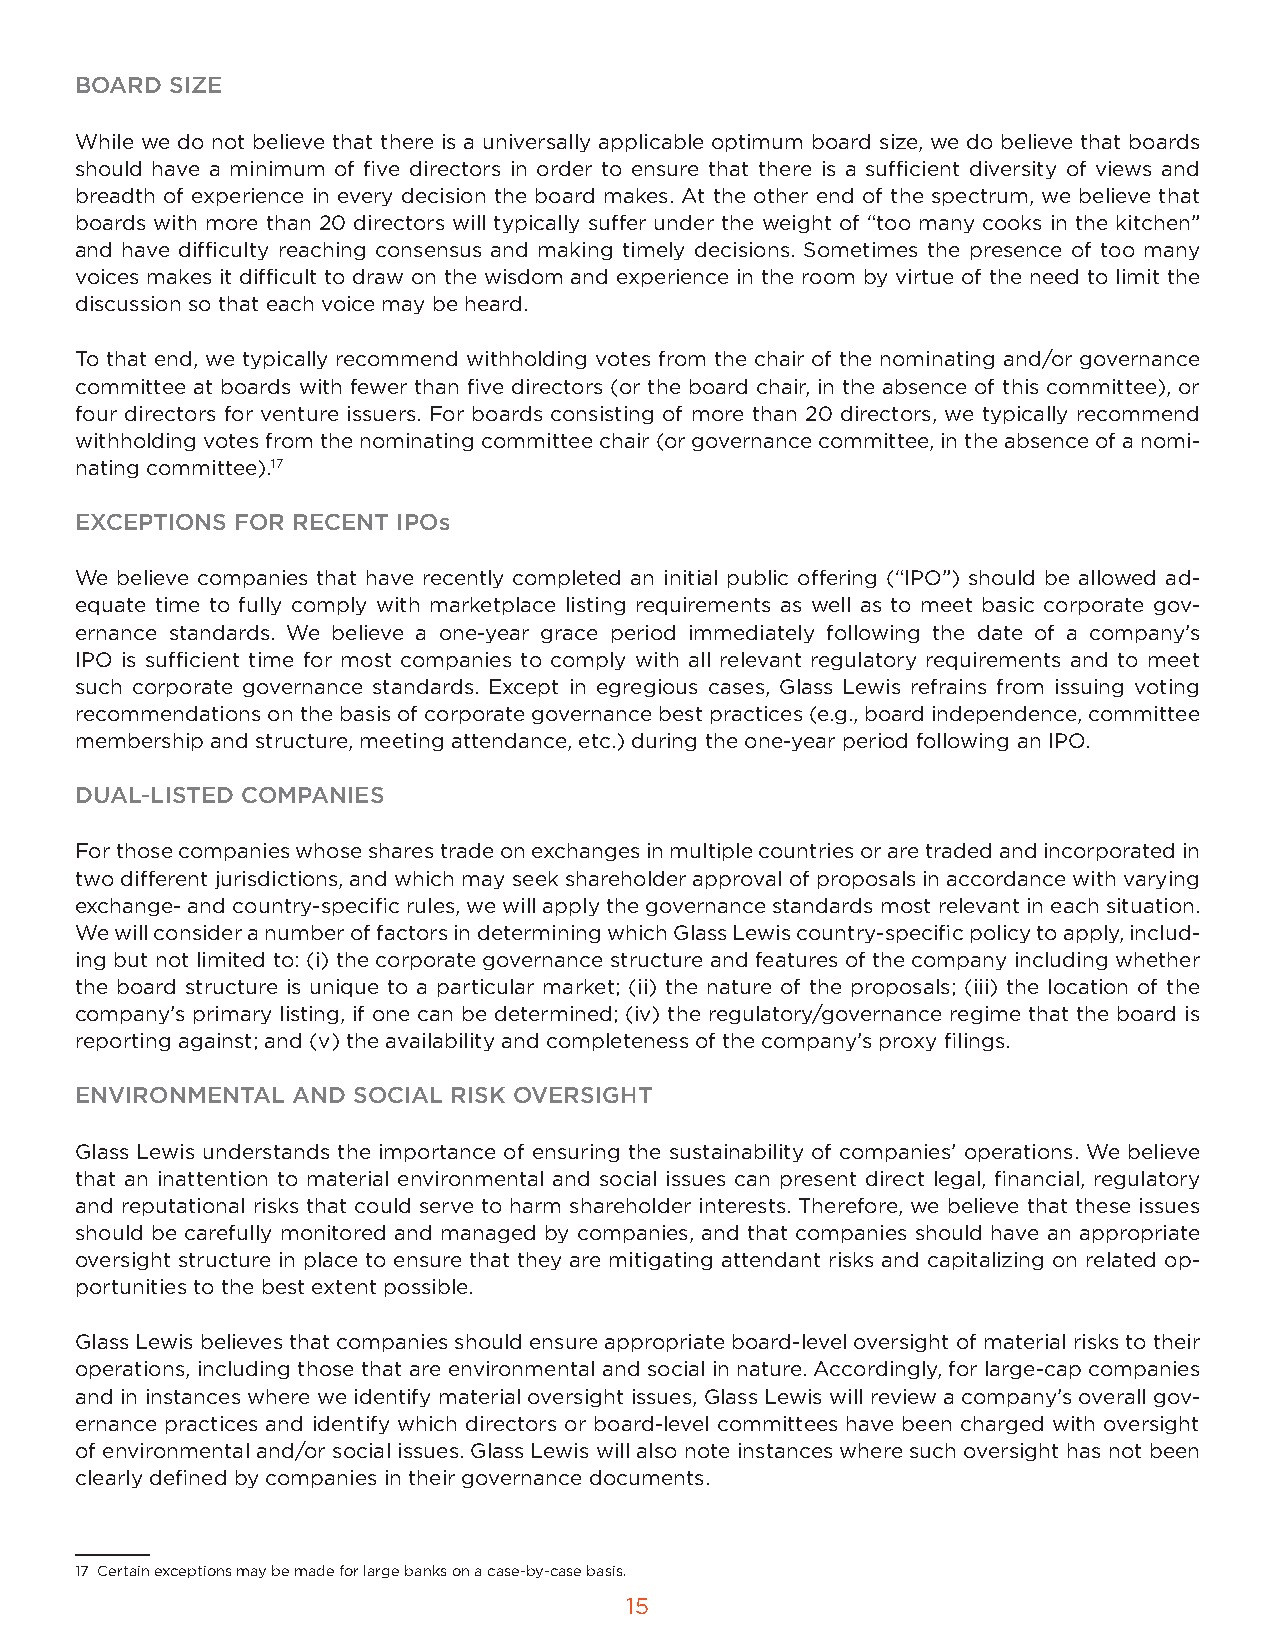
BOARD SIZE
 While we do not believe that there is a universally applicable optimum board size, we do believe that boards
 should have a minimum of five directors in order to ensure that there is a sufficient diversity of views and
 breadth of experience in every decision the board makes. At the other end of the spectrum, we believe that
 boards with more than 20 directors will typically suffer under the weight of “too many cooks in the kitchen”
 and have difficulty reaching consensus and making timely decisions. Sometimes the presence of too many
 voices makes it difficult to draw on the wisdom and experience in the room by virtue of the need to limit the
 discussion so that each voice may be heard.
 To that end, we typically recommend withholding votes from the chair of the nominating and/or governance
 committee at boards with fewer than five directors (or the board chair, in the absence of this committee), or
 four directors for venture issuers. For boards consisting of more than 20 directors, we typically recommend
 withholding votes from the nominating committee chair (or governance committee, in the absence of a nomi-
 nating committee).17
 EXCEPTIONS FOR RECENT IPOs
 We believe companies that have recently completed an initial public offering (“IPO”) should be allowed ad-
 equate time to fully comply with marketplace listing requirements as well as to meet basic corporate gov-
 ernance standards. We believe a one-year grace period immediately following the date of a company’s
 IPO is sufficient time for most companies to comply with all relevant regulatory requirements and to meet
 such corporate governance standards. Except in egregious cases, Glass Lewis refrains from issuing voting
 recommendations on the basis of corporate governance best practices (e.g., board independence, committee
 membership and structure, meeting attendance, etc.) during the one-year period following an IPO.
 DUAL-LISTED COMPANIES
 For those companies whose shares trade on exchanges in multiple countries or are traded and incorporated in
 two different jurisdictions, and which may seek shareholder approval of proposals in accordance with varying
 exchange- and country-specific rules, we will apply the governance standards most relevant in each situation.
 We will consider a number of factors in determining which Glass Lewis country-specific policy to apply, includ-
 ing but not limited to: (i) the corporate governance structure and features of the company including whether
 the board structure is unique to a particular market; (ii) the nature of the proposals; (iii) the location of the
 company’s primary listing, if one can be determined; (iv) the regulatory/governance regime that the board is
 reporting against; and (v) the availability and completeness of the company’s proxy filings.
 ENVIRONMENTAL AND SOCIAL RISK OVERSIGHT
 Glass Lewis understands the importance of ensuring the sustainability of companies’ operations. We believe
 that an inattention to material environmental and social issues can present direct legal, financial, regulatory
 and reputational risks that could serve to harm shareholder interests. Therefore, we believe that these issues
 should be carefully monitored and managed by companies, and that companies should have an appropriate
 oversight structure in place to ensure that they are mitigating attendant risks and capitalizing on related op-
 portunities to the best extent possible.
 Glass Lewis believes that companies should ensure appropriate board-level oversight of material risks to their
 operations, including those that are environmental and social in nature. Accordingly, for large-cap companies
 and in instances where we identify material oversight issues, Glass Lewis will review a company’s overall gov-
 ernance practices and identify which directors or board-level committees have been charged with oversight
 of environmental and/or social issues. Glass Lewis will also note instances where such oversight has not been
 clearly defined by companies in their governance documents.
 17 Certain exceptions may be made for large banks on a case-by-case basis.
 15